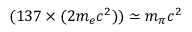
( 1 3 7 \times ( 2 m _ { e } c ^ { 2 } ) ) \simeq m _ { \pi } c ^ { 2 }